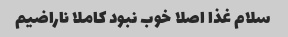
سلام غذا اصلا خوب نبود کاملا ناراضیم